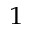
^ 1